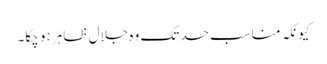
کیونکہ مناسب حد تک وہ جلال ظاہر ہو چکا۔